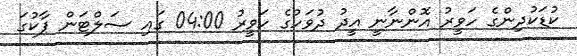
ކުޑަކުދިންގެ ހަވީރު އޮންނާނީ އީދު ދުވަހުގެ ހަވީރު 04:00 ގައި ސަލްޓަން ޕާކުގަ